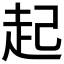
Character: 起